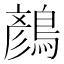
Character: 𪃛